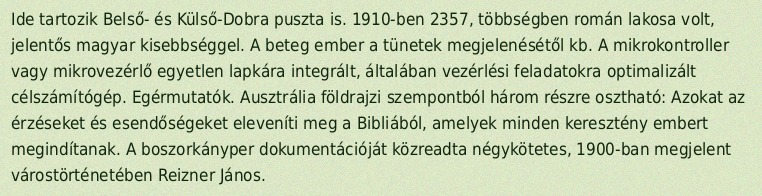
Ide tartozik Belső- és Külső-Dobra puszta is. 1910-ben 2357, többségben román lakosa volt, jelentős magyar kisebbséggel. A beteg ember a tünetek megjelenésétől kb. A mikrokontroller vagy mikrovezérlő egyetlen lapkára integrált, általában vezérlési feladatokra optimalizált célszámítógép. Egérmutatók. Ausztrália földrajzi szempontból három részre osztható: Azokat az érzéseket és esendőségeket eleveníti meg a Bibliából, amelyek minden keresztény embert megindítanak. A boszorkányper dokumentációját közreadta négykötetes, 1900-ban megjelent várostörténetében Reizner János.